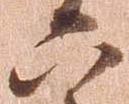
六